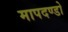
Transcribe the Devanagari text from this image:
मापदण्डो